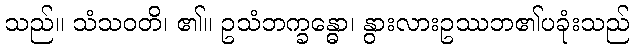
သည်။ သံသဝတိ၊ ၏။ ဥသံဘက္ခန္ဓော၊ နွားလားဥဿဘ၏ပခုံးသည်